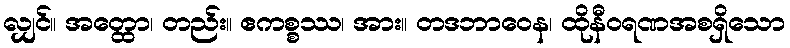
လျှင်။ အတ္ထော၊ တည်း။ ဧကစ္စဿ၊ အား။ တဒဘာဝေန၊ ထိုနီဝရဏအစရှိသော